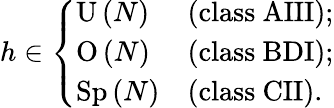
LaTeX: \begin{array}{r}{h\in\left\{ \begin{array}{ll}{\mathrm{U}\left(N\right)}&{\left(\mathrm{class~AIII}\right);}\\ {\mathrm{O}\left(N\right)}&{\left(\mathrm{class~BDI}\right);}\\ {\mathrm{Sp}\left(N\right)}&{\left(\mathrm{class~CII}\right).}\end{array}\right.}\end{array}